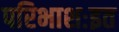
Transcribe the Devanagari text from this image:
परिभाशःइत